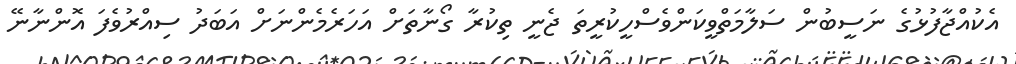
އެކުއްޖާފުޅުގެ ނަސީބުން ސަލާމަތްވީކަންވެސްހީކުރީތަ ޖެނީ ތިކުރާ ގޯނާތަށް އަހަރެމެންނަށް އަބަދު ސިއްރުވެފަ އޮންނާނޭ